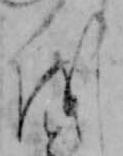
を